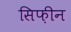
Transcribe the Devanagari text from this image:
सिफ़ीन